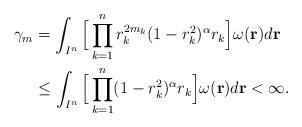
LaTeX: \begin{align*}\gamma_m &=\int_{I^n} \Big[\prod_{k=1}^{n}r_k^{2m_k}(1-r_k^2)^\alpha r_k\Big ]\omega(\mathbf{r})d\mathbf{r}\\&\le \int_{I^n} \Big[\prod_{k=1}^{n}(1-r_k^2)^\alpha r_k\Big ]\omega(\mathbf{r})d\mathbf{r}<\infty.\end{align*}